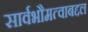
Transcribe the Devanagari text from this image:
सार्वभौमत्वाबद्दल